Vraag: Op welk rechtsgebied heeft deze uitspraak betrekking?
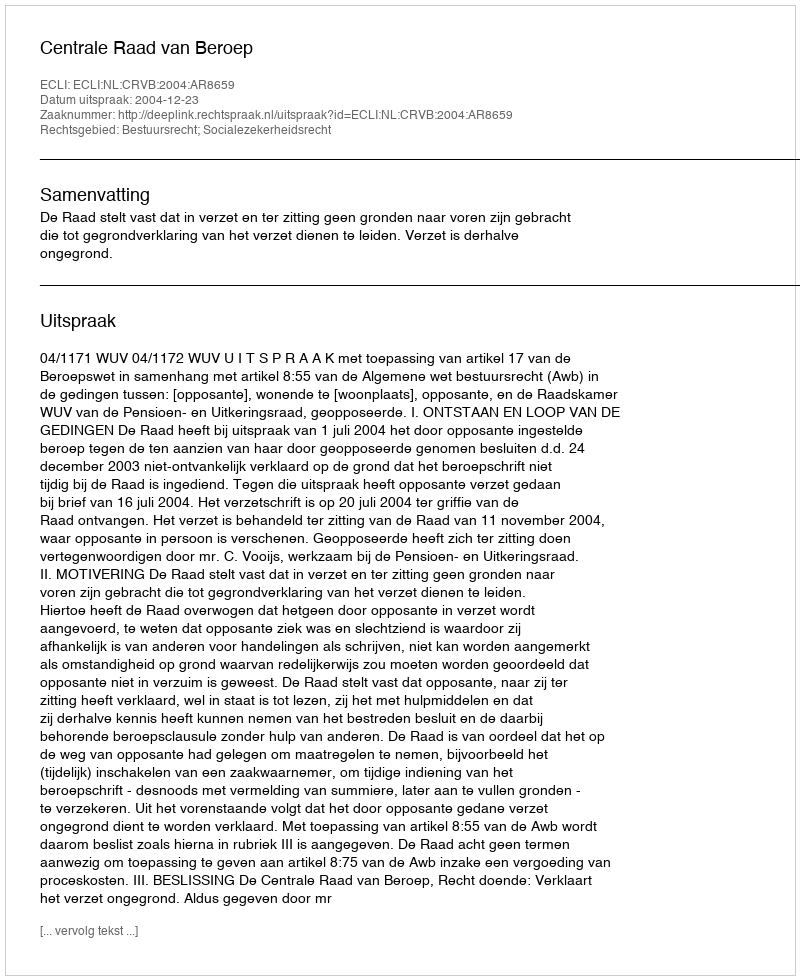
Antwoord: Bestuursrecht; Socialezekerheidsrecht